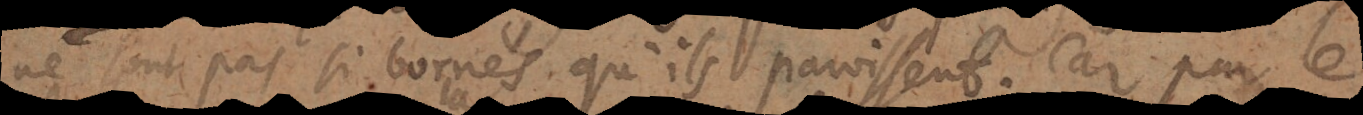
ne sont pas si bornés qu’ils paroissent. Car de